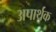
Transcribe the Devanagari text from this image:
अपार्थक